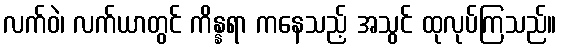
လက်ဝဲ၊ လက်ယာတွင် ကိန္နရာ ကနေသည့် အသွင် ထုလုပ်ကြသည်။